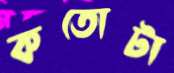
কতোটা